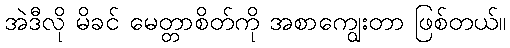
အဲဒီလို မိခင် မေတ္တာစိတ်ကို အစာကျွေးတာ ဖြစ်တယ်။